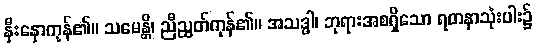
နှီးနှောကုန်၏။ သမေန္တိ၊ ညီညွတ်ကုန်၏။ အသဒ္ဓါ၊ ဘုရားအစရှိသော ရတနာသုံးပါး၌